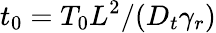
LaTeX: t_{0}=T_{0}L^{2}/(D_{t}\gamma_{r})